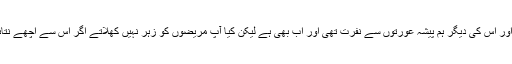
مجھے گلزار اور اس کی دیگر ہم پیشہ عورتوں سے نفرت تھی اور اب بھی ہے لیکن کیا آپ مریضوں کو زہر نہیں کھلاتے اگر اس سے اچھے نتائج کی اُمید ہو۔